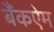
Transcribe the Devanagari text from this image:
बैंकऐम